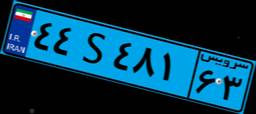
۷۷S۵۱۸۰۱